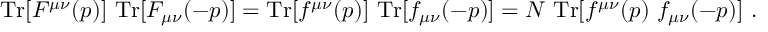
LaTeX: \mathrm { T r } [ F ^ { \mu \nu } ( p ) ] ~ \mathrm { T r } [ F _ { \mu \nu } ( - p ) ] = \mathrm { T r } [ f ^ { \mu \nu } ( p ) ] ~ \mathrm { T r } [ f _ { \mu \nu } ( - p ) ] = N ~ \mathrm { T r } [ f ^ { \mu \nu } ( p ) ~ f _ { \mu \nu } ( - p ) ] ~ .